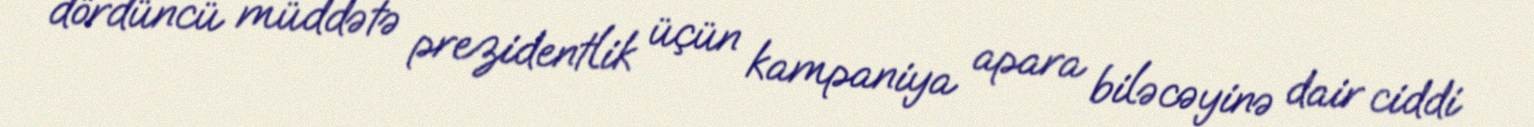
dördüncü müddətə prezidentlik üçün kampaniya apara biləcəyinə dair ciddi